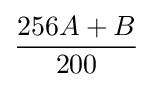
{\frac {256A+B}{200}}